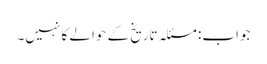
جواب: مسئلہ تاریخ کے حوالے کا نہیں۔